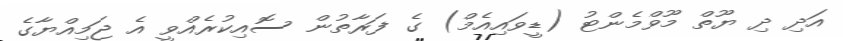
އަދި ދި ޔޫތް މޫވްމެންޓު (ޑީވައިއެމް) ގެ ފަރާތުން ސޮއިކުރެއްވީ އެ ޖަމިއްޔާގެ